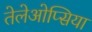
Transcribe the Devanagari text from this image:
तेलेओप्सिया